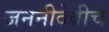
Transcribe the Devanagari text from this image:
जननीदेवीचे